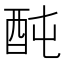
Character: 䣩